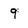
Character: 9